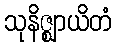
သုနိဇ္ဈာယိတံ